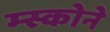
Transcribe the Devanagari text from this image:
म्स्कोने